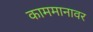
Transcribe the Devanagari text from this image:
काममानावर